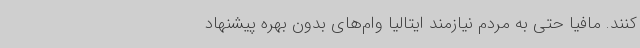
کنند. مافیا حتی به مردم نیازمند ایتالیا وام‌های بدون بهره پیشنهاد